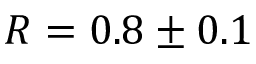
R = 0 . 8 \pm 0 . 1